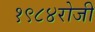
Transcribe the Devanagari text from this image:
१९८४रोजी